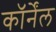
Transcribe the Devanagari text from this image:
कॉर्नेंल